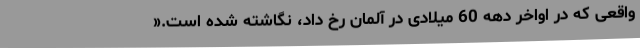
واقعی که در اواخر دهه 60 میلادی در آلمان رخ داد، نگاشته شده است.«